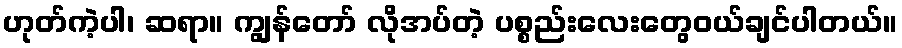
ဟုတ်ကဲ့ပါ၊ ဆရာ။ ကျွန်တော် လိုအပ်တဲ့ ပစ္စည်းလေးတွေဝယ်ချင်ပါတယ်။